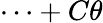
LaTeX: \cdots+C\theta